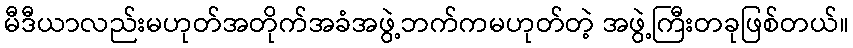
မီဒီယာလည်းမဟုတ်အတိုက်အခံအဖွဲ့ဘက်ကမဟုတ်တဲ့ အဖွဲ့ကြီးတခုဖြစ်တယ်။